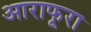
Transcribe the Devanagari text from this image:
आराफूरा